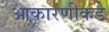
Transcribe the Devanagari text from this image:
आकारणीकडे